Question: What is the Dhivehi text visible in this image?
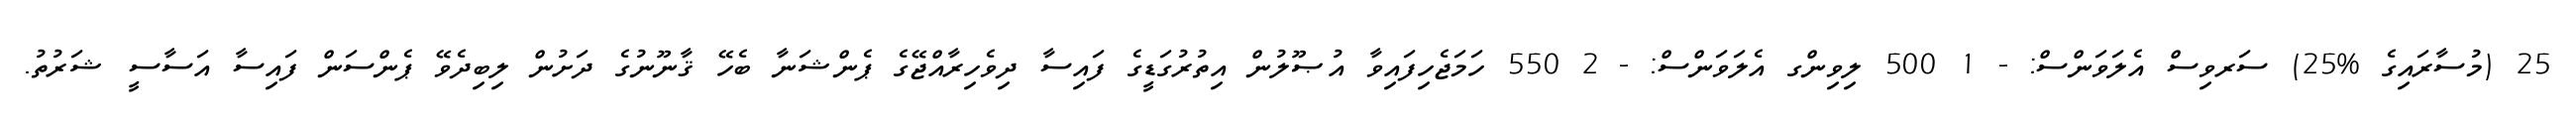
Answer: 25 (މުސާރައިގެ %25) ސަރވިސް އެލަވަންސް: - 1 500 ލިވިންގ އެލަވަންސް: - 2 550 ހަމަޖެހިފައިވާ އުޞޫލުން އިތުރުގަޑީގެ ފައިސާ ދިވެހިރާއްޖޭގެ ޕެންޝަނާ ބެހޭ ޤާނޫނުގެ ދަށުން ލިބިދެވޭ ޕެންސަން ފައިސާ އަސާސީ ޝަރުތު.